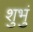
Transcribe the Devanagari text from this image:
शुभुं